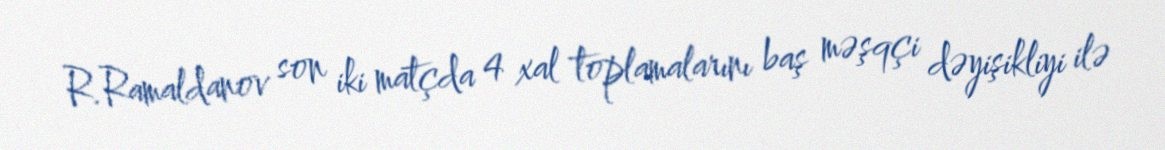
R.Ramaldanov son iki matçda 4 xal toplamalarını baş məşqçi dəyişikliyi ilə